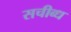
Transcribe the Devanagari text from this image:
सचीब्ध